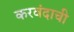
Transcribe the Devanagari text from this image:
करवंदाची